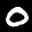
Label: 0